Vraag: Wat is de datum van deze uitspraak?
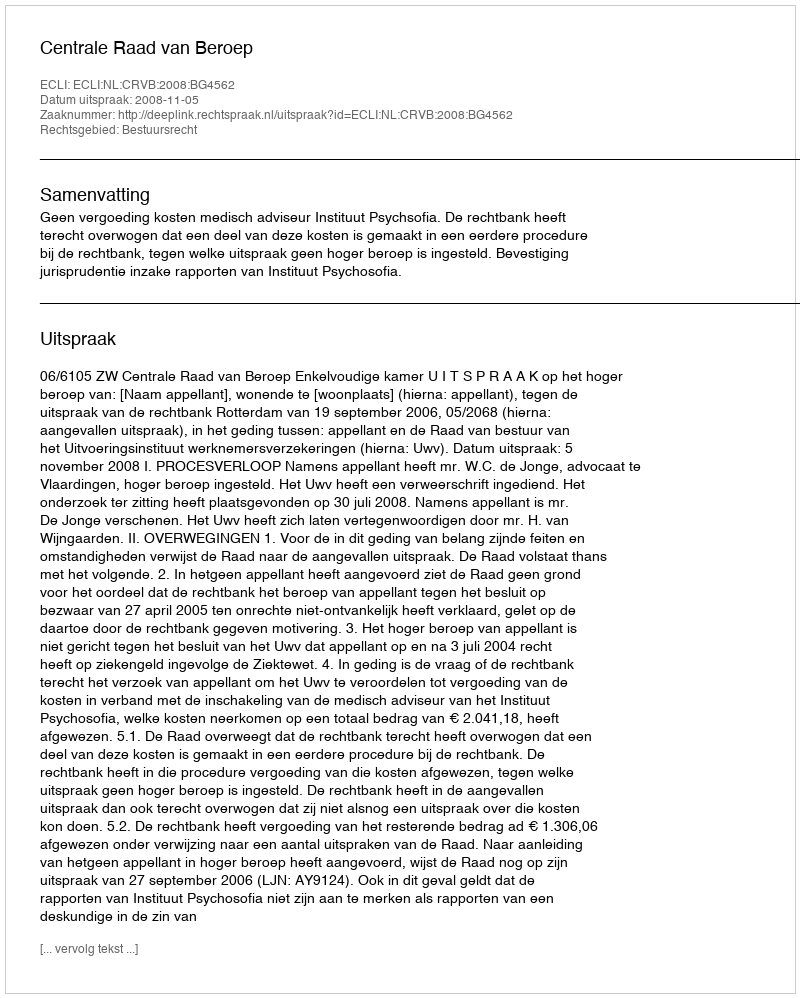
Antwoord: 2008-11-05